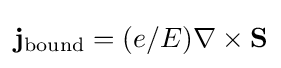
{\mathbf {j} }_{\rm {bound}}=(e/E)\nabla \times {\mathbf {S} }